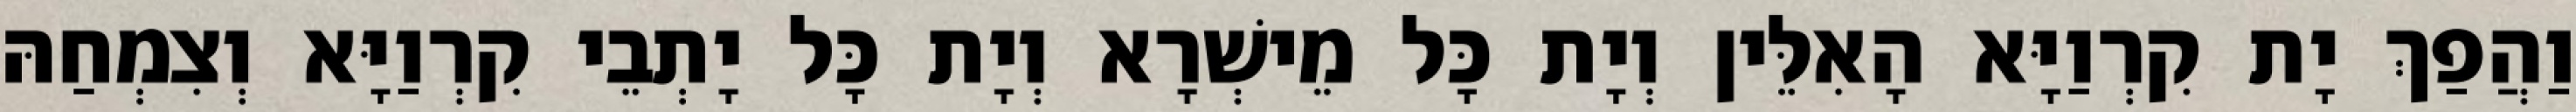
וַהֲפַךְ יָת קִרְוַיָּא הָאִלֵּין וְיָת כָּל מֵישְׁרָא וְיָת כָּל יָתְבֵי קִרְוַיָּא וְצִמְחַהּ